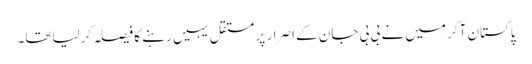
پاکستان آکر میں نے بی بی جان کے اصرار پر مستقل یہیں رہنے کا فیصلہ کرلیاتھا۔